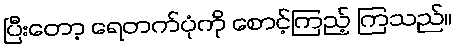
ပြီးတော့ ရေတက်ပုံကို စောင့်ကြည့် ကြသည်။